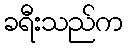
ခရီးသည်က